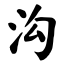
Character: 沟